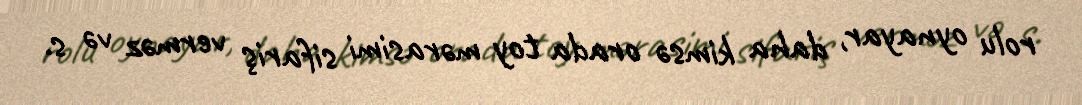
rolu oynayar, daha kimsə orada toy mərasimi sifariş verməz və s.